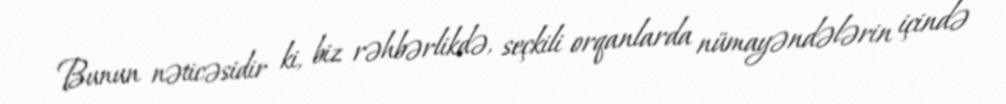
Bunun nəticəsidir ki, biz rəhbərlikdə, seçkili orqanlarda nümayəndələrin içində